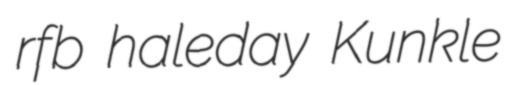
rfb haleday Kunkle